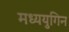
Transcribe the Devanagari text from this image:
मध्ययुगिन